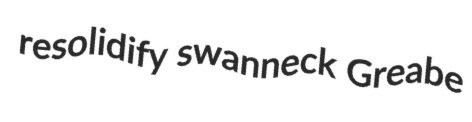
resolidify swanneck Greabe